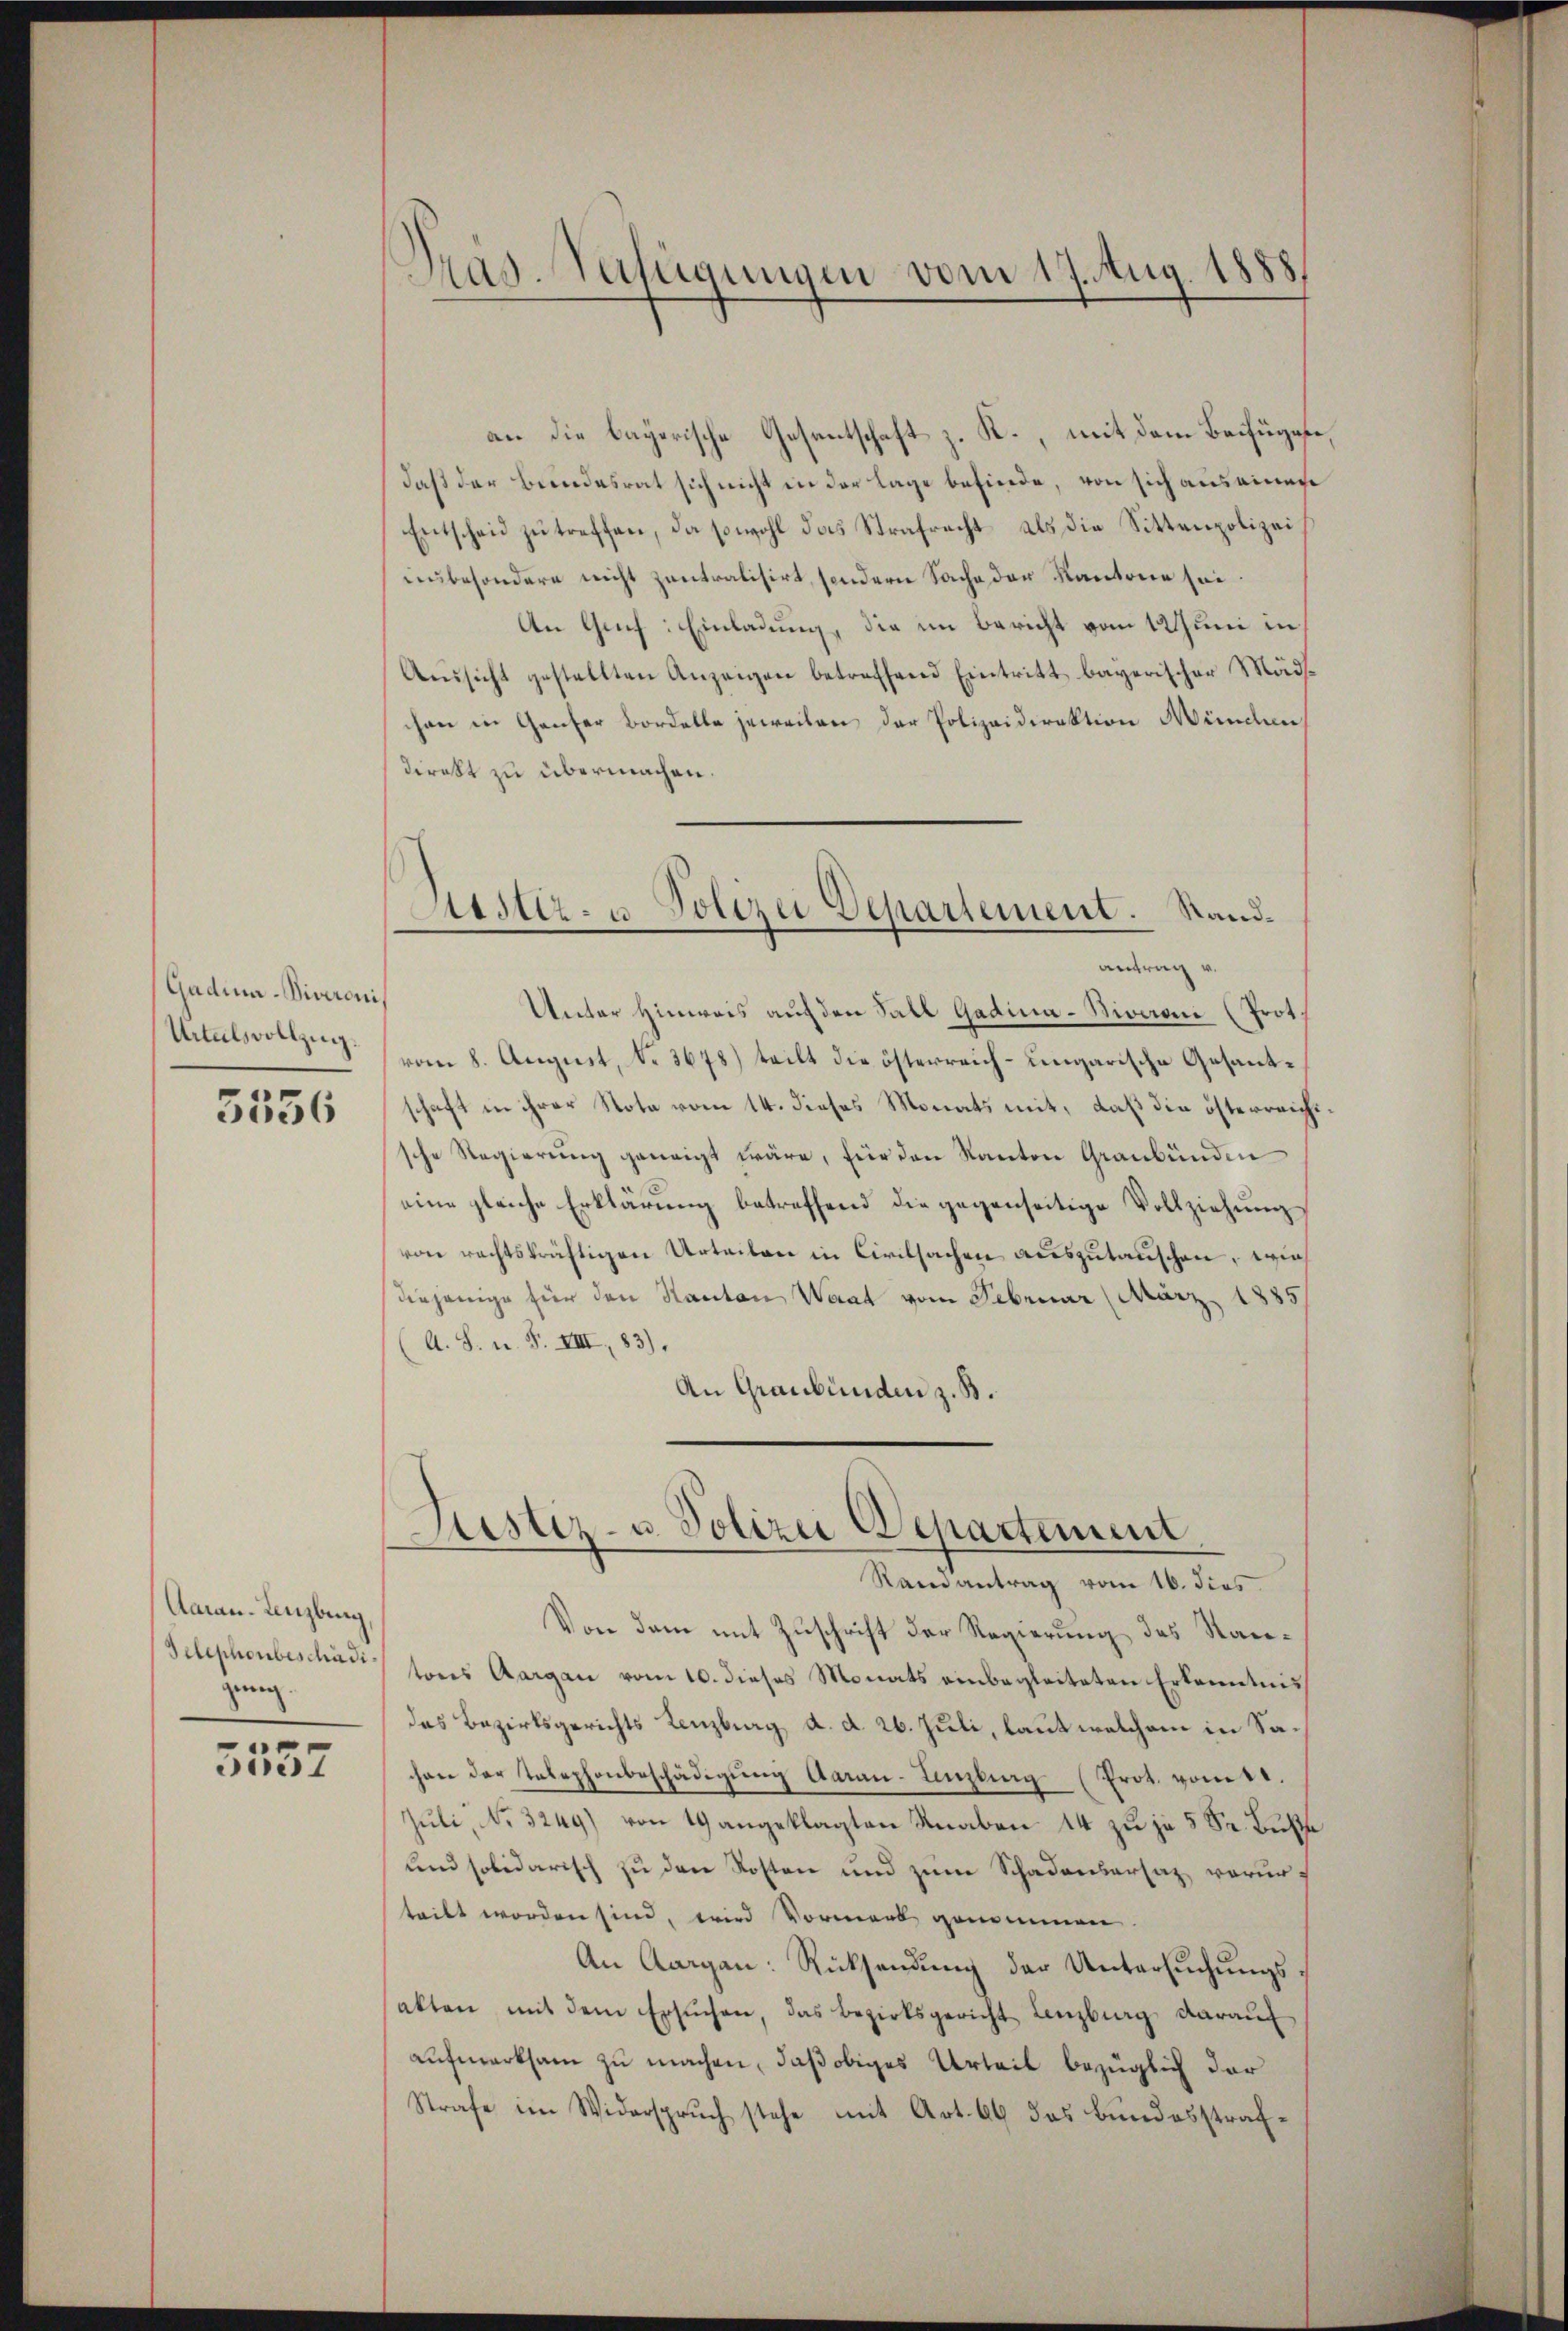
Gadina-Viveroni
Uitalsvollzug.
5556

Aarau-Lenzburg
Telephonbeschädi
gung.

5557

Pras. Verfügungen vom 17. Aug. 1888

an die bayerische Gesentschaft z. K., mit dem Beifügesdaß der Beendesrat sich nicht in der Lage befinde, von sich aus einer
Entscheid zu treffen, da sowohl das Strafrecht als die Sittenpolizei
unbesondere nicht zentralisirt, sondern Sache der Kantone sei
An Grif: Einladung, die im Bericht vom 12 Juni in
Aŭssicht gestellten Anzeigen betreffend Eintritt bayerischer Mädchen in Ganter Bordelle jeweilen der Polizeidirektion München
direkt zu übermachen.
Unter Hinweis auf den Fall Gadina-Biveroni (Prot.
vom 8. August, No 3678) teilt die österreich-ungarische Gesantschaft in ihrer Nota vom 14. dieses Monats mit, daß die österreichsche Regierung geneigt wäre, für den Kanton Graubünden
eine gleiche Erklärung betreffend die gegenseitige Vollziehung
von rechtskräftigen Urteilen in Civilsachen auszutauschen, wie
diejenige für den Kanton Waat vom Februar (März 1885
(A. S. u. F. VIII, 83).
An Graubünden z. B.

Astiz- u Polizei Departement. Standantrag v.

Restiz- u. Polizei Departement
Randantrag vom 16. dies

Von dem mit Zuschrift der Regierung des Rautons Aargau vom 10. dieses Monats einbegleiteten Erkenntnis
das Bezirksgerichts Lenzburg d. d. 26. Juli, laut welchem in Sachen der Telephonbeschädigŭng Aarau-Anzling (Prot. vom 11.
Juli, No 3249) von 19 angeklagten Knaben 14 zu je 5 Fr. Buße
und solidarisch zu der Kosten und zum Schadensersatz vorurteilt worden sind, wird Vormerk genommen
An Aargau: Rücksendŭng der Untersuchungssakten mit dem Ersŭchen, das Bezirksgericht Lenzburg darauf
aufmerksam zu machen, daß obiges Urteil bezüglich der
Strafe im Widerspruch stehe mit Art. 66 das Bundesstraf¬